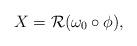
LaTeX: \begin{align*}X=\mathcal R ( \omega_0 \circ \phi),\end{align*}